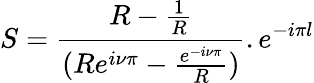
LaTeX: S=\frac{R-\frac{1}{R}}{(Re^{i\nu\pi}-\frac{e^{-i\nu\pi}}{R})}.e^{-i\pi l}